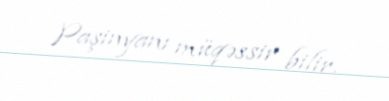
Paşinyanı müqəssir bilir.